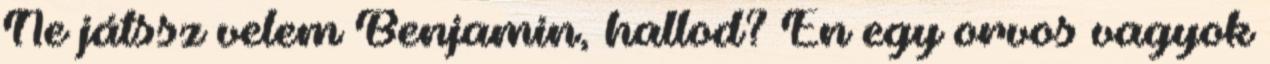
Ne játssz velem Benjamin, hallod? Én egy orvos vagyok